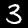
Label: 3